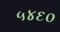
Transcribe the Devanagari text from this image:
५४६०